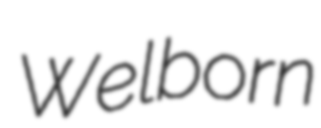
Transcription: Welborn